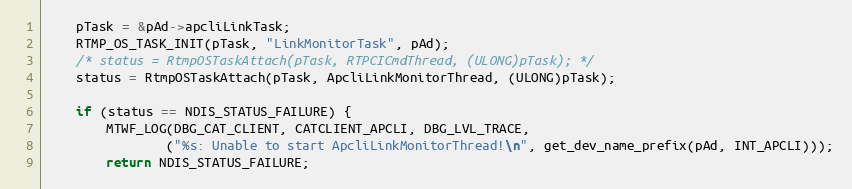
Language: C
	pTask = &pAd->apcliLinkTask;
	RTMP_OS_TASK_INIT(pTask, "LinkMonitorTask", pAd);
	/* status = RtmpOSTaskAttach(pTask, RTPCICmdThread, (ULONG)pTask); */
	status = RtmpOSTaskAttach(pTask, ApcliLinkMonitorThread, (ULONG)pTask);

	if (status == NDIS_STATUS_FAILURE) {
		MTWF_LOG(DBG_CAT_CLIENT, CATCLIENT_APCLI, DBG_LVL_TRACE,
				("%s: Unable to start ApcliLinkMonitorThread!\n", get_dev_name_prefix(pAd, INT_APCLI)));
		return NDIS_STATUS_FAILURE;